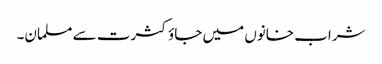
شراب خانوں میں جاؤ کثرت سے مسلمان۔